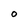
Character: O